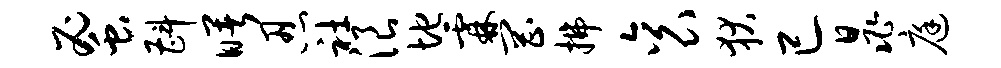
蜜斟曙忍社浪地霖罔拂衮狄已晁庭